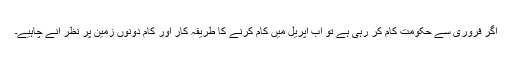
اگر فروری سے حکومت کام کر رہی ہے تو اب اپریل میں کام کرنے کا طریقہ کار اور کام دونوں زمین پر نظر آنے چاہیے۔